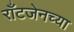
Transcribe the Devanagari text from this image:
राँटजेनच्या